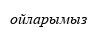
ойларымыз